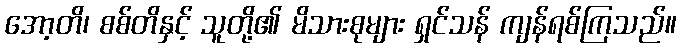
အော့တိ၊ စစ်တိနှင့် သူတို့၏ မိသားစုများ ရှင်သန် ကျန်ရစ်ကြသည်။